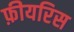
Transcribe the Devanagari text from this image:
फ़ीयरिस